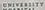
university